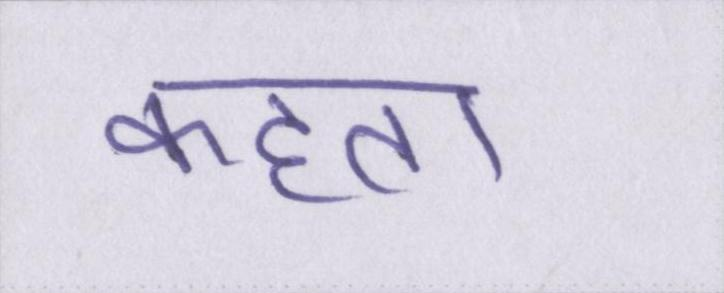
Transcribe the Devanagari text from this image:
कहता